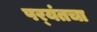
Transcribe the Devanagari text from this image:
पर्‍यंतचा